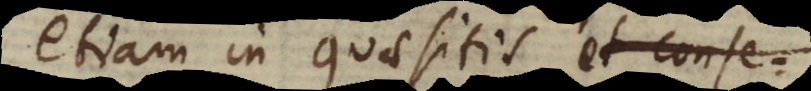
etiam in quaesitis seu